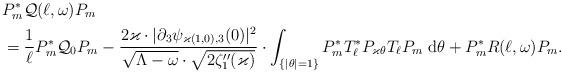
LaTeX: \begin{align*}& P_m^* \mathcal Q(\ell, \omega) P_m \\&= \frac1\ell P_m^* \mathcal Q_0 P_m -\frac{2 \varkappa \cdot |\partial_3 \psi_{\varkappa (1,0),3}(0)|^2 }{\sqrt{\Lambda -\omega} \cdot \sqrt{2 \zeta_1''(\varkappa) }} \cdot \int_{\{|\theta| = 1\}} P_m^* T_\ell^* P_{\varkappa \theta} T_\ell P_m \; \mathrm{d} \theta + P_m^* R(\ell,\omega) P_m .\end{align*}